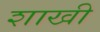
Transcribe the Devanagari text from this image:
शाखी